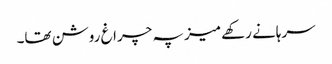
سرہانے رکھے میز پہ چراغ روشن تھا۔